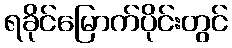
ရခိုင်မြောက်ပိုင်းတွင်